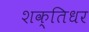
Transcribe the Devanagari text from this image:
शक्तिधर